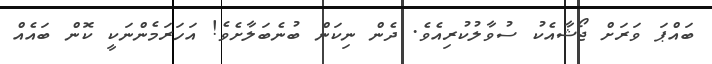
ބައްޕަ ވަރަށް ޖޯޝާއެކު ސުވާލުކުރިއެވެ. ދެން ނިކަން ބުނެބަލާށެވެ! އަހަރަމެންނަކީ ކޮން ބައެއް